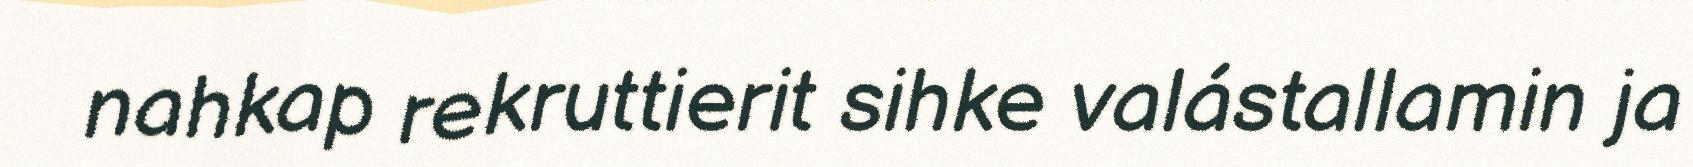
nahkap rekruttierit sihke valástallamin ja